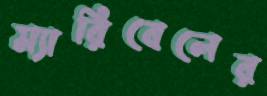
ম্যারিবেলের